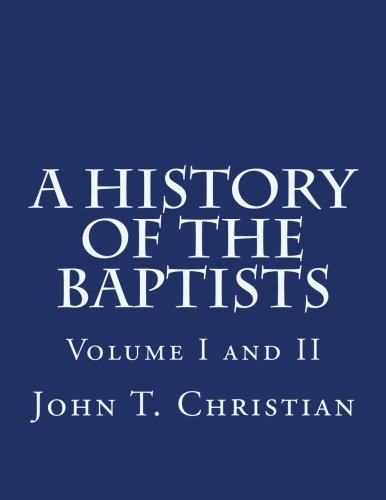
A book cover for A History of the Baptists Volumes I and II; John T. Christian; Christian Books & Bibles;